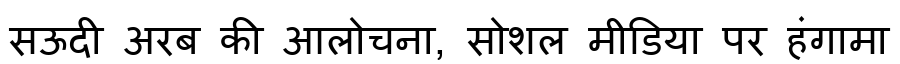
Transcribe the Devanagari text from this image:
सऊदी अरब की आलोचना, सोशल मीडिया पर हंगामा